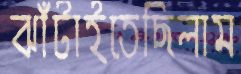
ঝাঁটাইতেছিলাম